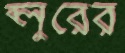
ব্লুরের